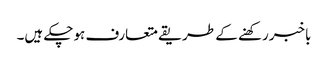
باخبررکھنے کے طریقے متعارف ہوچکے ہیں۔